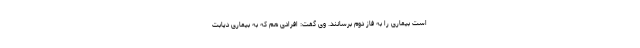
است بیماری را به فاز دوم برسانند. وی گفت: افرادی هم که به بیماری دیابت